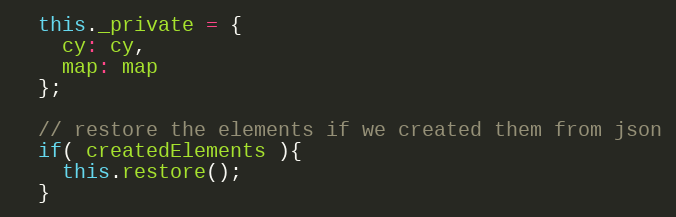
Language: JavaScript
  this._private = {
    cy: cy,
    map: map
  };

  // restore the elements if we created them from json
  if( createdElements ){
    this.restore();
  }